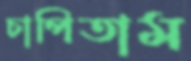
চাপিতাম